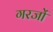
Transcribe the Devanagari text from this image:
गरजों